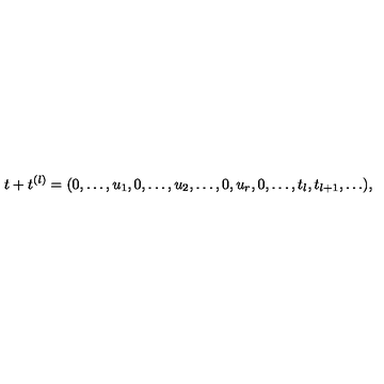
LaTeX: t + t ^ { ( l ) } = ( 0 , \ldots , u _ { 1 } , 0 , \ldots , u _ { 2 } , \ldots , 0 , u _ { r } , 0 , \ldots , t _ { l } , t _ { l + 1 } , \ldots ) ,